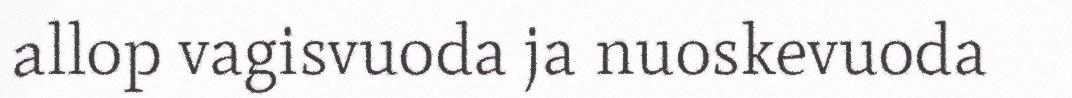
allop vagisvuoda ja nuoskevuoda